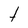
Character: t